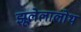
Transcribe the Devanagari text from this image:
झूलेलालोथ